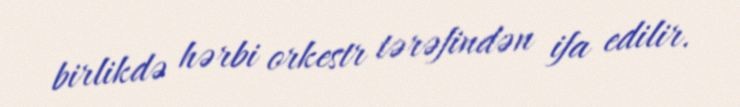
birlikdə hərbi orkestr tərəfindən ifa edilir.